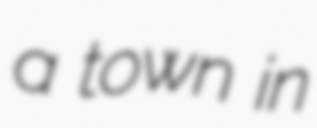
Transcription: a town in